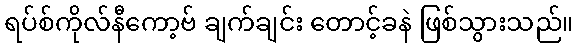
ရပ်စ်ကိုလ်နီကော့ဗ် ချက်ချင်း တောင့်ခနဲ ဖြစ်သွားသည်။